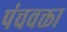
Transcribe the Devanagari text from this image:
पंचवक्ता